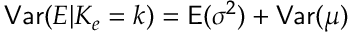
\mathsf { V a r } ( E | K _ { e } = k ) = \mathsf E ( \sigma ^ { 2 } ) + \mathsf { V a r } ( \mu )